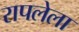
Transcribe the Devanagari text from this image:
रापलेला